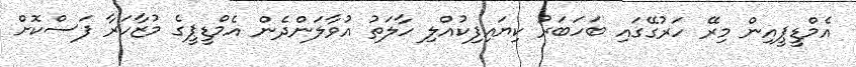
އެމްޑީޕީއިން މިރޭ ހަރުގޭގައި ބަހަބަރު ކިޔައިފިކުއްލި ހާލަތު އުވާލަންދެން އެމްޑީޕީގެ މުޒާހަރާ ފަސްކޮށް